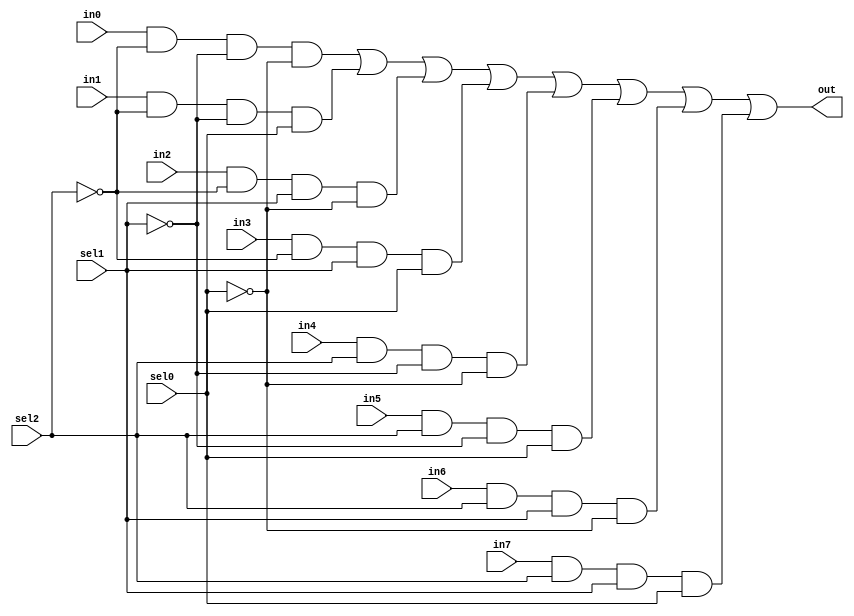
`timescale 1ns / 1ps
//////////////////////////////////////////////////////////////////////////////////
// Company: 
// Engineer: 
// 
// Design Name: 
// Module Name: mux_8_to_1
// Project Name: 
// Target Devices: 
// Tool Versions: 
// Description: 
// 
// Dependencies: 
// 
// Revision:
// Revision 0.01 - File Created
// Additional Comments:
// 
//////////////////////////////////////////////////////////////////////////////////


module mux_8_to_1(
    output out,
    input in0,
    input in1,
    input in2,
    input in3,
    input in4,
    input in5,
    input in6,
    input in7,
    input sel0,
    input sel1,
    input sel2
    );
    
    wire notsel0, notsel1, notsel2;
    wire y0, y1, y2, y3, y4, y5, y6, y7;
    
    not(notsel0, sel0);
    not(notsel1, sel1);
    not(notsel2, sel2);
    
    and(y0, in0, notsel2, notsel1, notsel0);
    and(y1, in1, notsel2, notsel1, sel0);
    and(y2, in2, notsel2, sel1, notsel0);
    and(y3, in3, notsel2, sel1, sel0);
    and(y4, in4, sel2, notsel1, notsel0);
    and(y5, in5, sel2, notsel1, sel0);
    and(y6, in6, sel2, sel1, notsel0);
    and(y7, in7, sel2, sel1, sel0);

    or(out, y0, y1, y2, y3, y4, y5, y6, y7);

endmodule